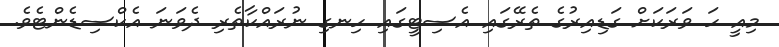
މިއީ ހަ ވަރަކަށް ގަޑިއިރުގެ ތެރޭގައި އެސިޓީގައި ހިނގި ނުރައްކާތެރި ދެވަނަ އެކްސިޑެންޓެވެ.